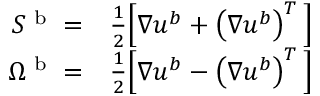
\begin{array} { r l } { S ^ { \textup { b } } = } & { { } \frac { 1 } { 2 } \Big [ \nabla \boldsymbol { u } ^ { b } + \left( \nabla \boldsymbol { u } ^ { b } \right) ^ { T } \Big ] } \\ { \Omega ^ { \textup { b } } = } & { { } \frac { 1 } { 2 } \Big [ \nabla \boldsymbol { u } ^ { b } - \left( \nabla \boldsymbol { u } ^ { b } \right) ^ { T } \Big ] } \end{array}